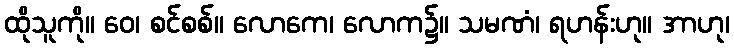
ထိုသူကို။ ဝေ၊ စင်စစ်။ လောကေ၊ လောက၌။ သမဏံ၊ ရဟန်းဟု။ အာဟု၊